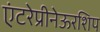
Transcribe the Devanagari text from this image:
एंटरेप्रीनेऊरशिप